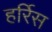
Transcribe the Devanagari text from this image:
हर्रिस